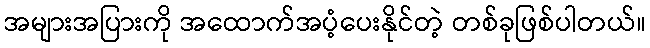
အများအပြားကို အထောက်အပံ့ပေးနိုင်တဲ့ တစ်ခုဖြစ်ပါတယ်။